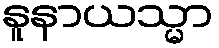
နူနာယသ္မာ